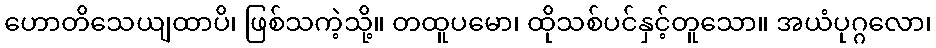
ဟောတိသေယျထာပိ၊ ဖြစ်သကဲ့သို့။ တထူပမော၊ ထိုသစ်ပင်နှင့်တူသော။ အယံပုဂ္ဂလော၊